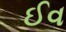
ઈવ